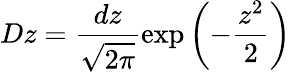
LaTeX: Dz=\frac{dz}{\sqrt{2\pi}}\exp\left(-\frac{z^{2}}{2}\right)